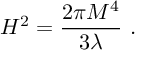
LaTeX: H ^ { 2 } = { \frac { 2 \pi M ^ { 4 } } { 3 \lambda } } \ .